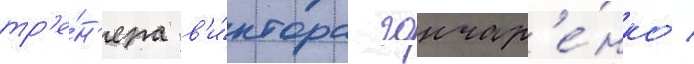
тр'е́н'ера в'и́ктора гончар'е́нко /